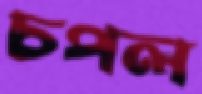
চপল